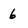
Character: 6